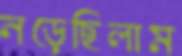
নড়েছিলাম